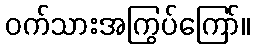
ဝက်သားအကြွပ်ကြော်။